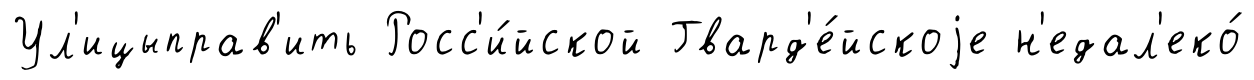
Ул'ицыправ'ить Росс'и́йской Гвард'е́йскоjе н'едал'еко́